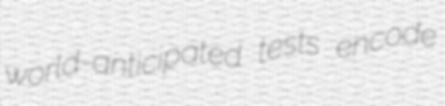
world-anticipated tests encode